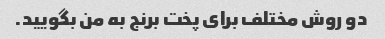
دو روش مختلف برای پخت برنج به من بگویید.